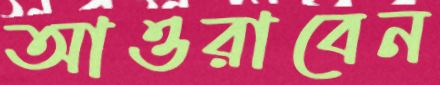
আওরাবেন